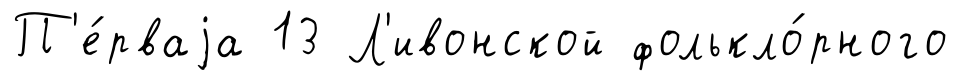
П'е́рваjа 13 Л'ивонской фолькло́рного